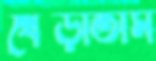
থেব্‌ড়াতাম